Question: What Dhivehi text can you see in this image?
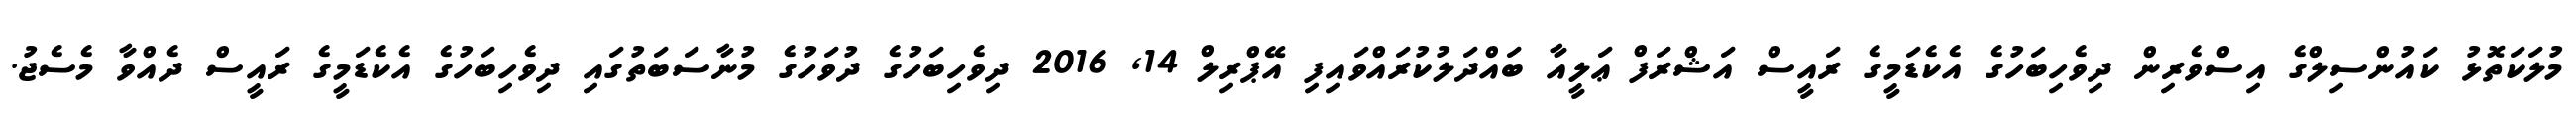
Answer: މުލަކަތޮޅު ކައުންސިލްގެ އިސްވެރިން ދިވެހިބަހުގެ އެކެޑަމީގެ ރައީސް އަޝްރަފް ޢަލީއާ ބައްދަލުކުރައްވައިފި އޭޕްރިލް 14, 2016 ދިވެހިބަހުގެ ދުވަހުގެ މުނާސަބަތުގައި ދިވެހިބަހުގެ އެކެޑަމީގެ ރައީސް ދެއްވާ މެސެޖު.